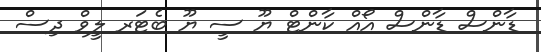
ޑާންސް ޑާންސް އޯއް ކާންޓް ޔޫ ސީ ޔޫ ބެޓަރ ލީވް ދިސް